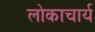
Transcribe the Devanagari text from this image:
लोकाचार्य